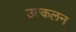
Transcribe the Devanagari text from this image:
उत्‍कलन